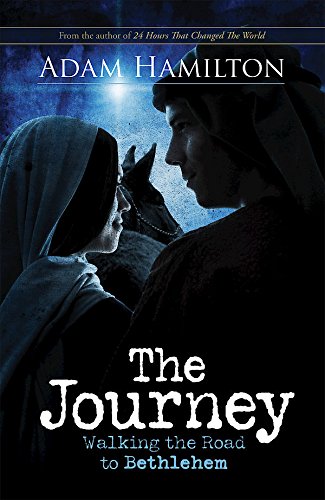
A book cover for The Journey: Walking the Road to Bethlehem; Adam Hamilton; Christian Books & Bibles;